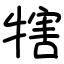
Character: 犗